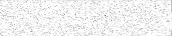
٨